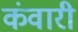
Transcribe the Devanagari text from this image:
कंवारी